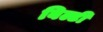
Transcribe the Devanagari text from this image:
बिल्टी